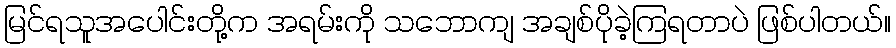
မြင်ရသူအပေါင်းတို့က အရမ်းကို သဘောကျ အချစ်ပိုခဲ့ကြရတာပဲ ဖြစ်ပါတယ်။